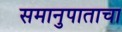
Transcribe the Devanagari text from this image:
समानुपाताचा